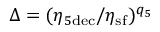
\Delta = ( \eta _ { 5 \mathrm { d e c } } / \eta _ { \mathrm { s f } } ) ^ { q _ { 5 } }